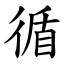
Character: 循